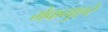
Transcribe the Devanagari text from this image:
मैकगुएरे